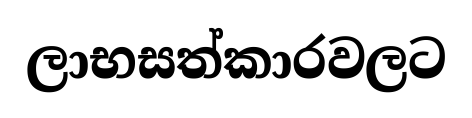
ලාභසත්කාරවලට